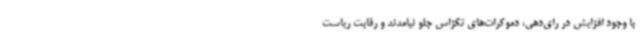
با وجود افزایش در رای‌دهی، دموکرات‌های تگزاس جلو نیامدند و رقابت ریاست